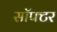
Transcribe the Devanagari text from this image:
सॉफ्टर